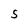
Character: S